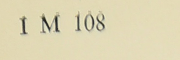
1 M 108